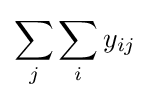
\sum _{j}\sum _{i}y_{ij}